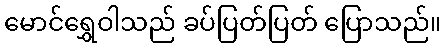
မောင်ရွှေဝါသည် ခပ်ပြတ်ပြတ် ပြောသည်။